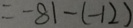
= - 8 1 - ( - 1 2 )